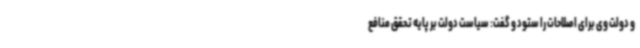
و دولت وی برای اصلاحات را ستود و گفت: سیاست دولت بر پایه تحقق منافع